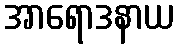
အာရောဒနာယ